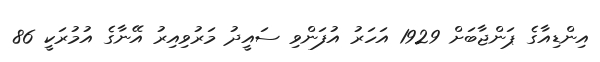
އިންޑިއާގެ ޕަންޖާބަށް 1929 އަހަރު އުފަންވި ސައީދު މަރުވިއިރު އޭނާގެ އުމުރަކީ 86